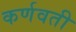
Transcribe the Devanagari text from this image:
कर्णवती